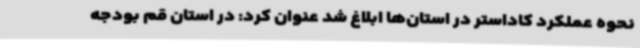
نحوه عملکرد کاداستر در استان‌ها ابلاغ شد عنوان کرد: در استان قم بودجه